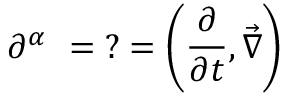
\partial ^ { \alpha } \ = ? = \left( { \frac { \partial } { \partial t } } , { \vec { \nabla } } \right)